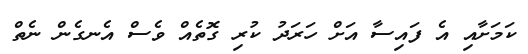
ކަމަށާއި އެ ފައިސާ އަށް ހަރަދު ކުރި ގޮތެއް ވެސް އެނގެން ނެތް